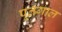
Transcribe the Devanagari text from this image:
पूर्तगाल